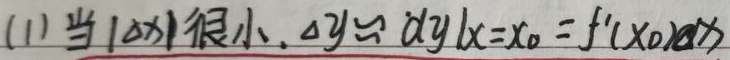
当\(\vert\Delta x\vert\)很小时，有
\[\Delta y\approx dy\vert_{x = x_0}=f'(x_0)\Delta x\]